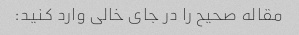
مقاله صحیح را در جای خالی وارد کنید: